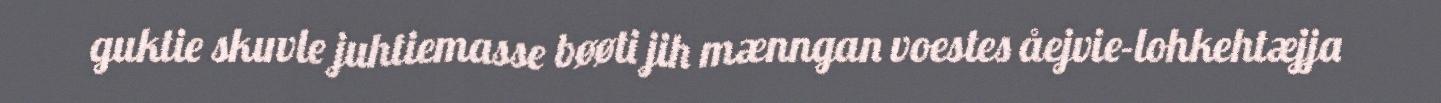
guktie skuvle juhtiemasse bøøti jih mænngan voestes åejvie-lohkehtæjja